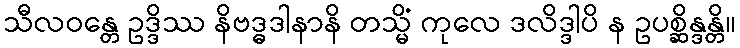
သီလဝန္တေ ဥဒ္ဒိဿ နိဗဒ္ဓဒါနာနိ တသ္မိံ ကုလေ ဒလိဒ္ဒါပိ န ဥပစ္ဆိန္ဒန္တိ။